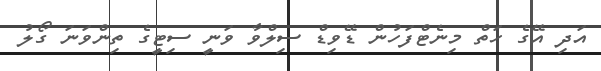
އަދި އޭގެ ހަތް މިނެޓްފަހުން ޑޭވިޑް ސިލްވާ ވަނީ ސިޓީގެ ތިންވަނަ ގޯލު